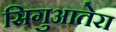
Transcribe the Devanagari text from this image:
सिगुआतेरा